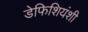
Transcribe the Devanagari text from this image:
डेफिशियंशी